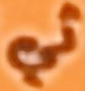
ثي